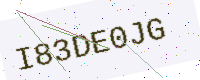
Text: I83DE0JG